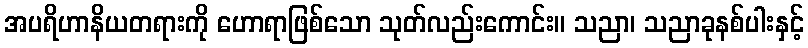
အပရိဟာနိယတရားကို ဟောရာဖြစ်သော သုတ်လည်းကောင်း။ သညာ၊ သညာခုနစ်ပါးနှင့်